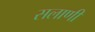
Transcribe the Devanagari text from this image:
सलाणी